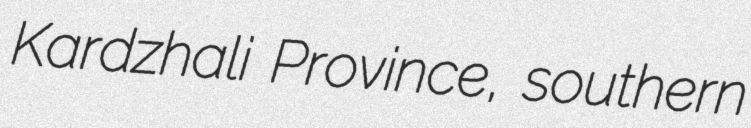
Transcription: Kardzhali Province, southern